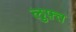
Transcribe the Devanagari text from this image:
लुफ़्त